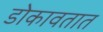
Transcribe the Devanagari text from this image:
डोकावतात